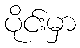
ပိုင်းမှာ